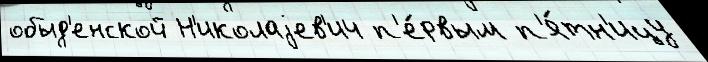
обыд'енской Н'иколаjев'ич п'е́рвым п'я́тн'ицу